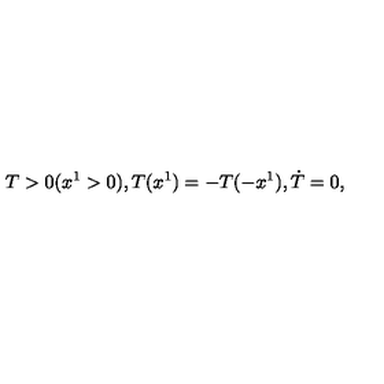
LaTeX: T > 0 ( x ^ { 1 } > 0 ) , T ( x ^ { 1 } ) = - T ( - x ^ { 1 } ) , \dot { T } = 0 ,